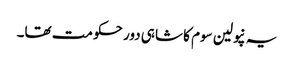
یہ نپولین سوم کا شاہی دور حکومت تھا۔